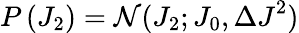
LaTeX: P\left({{J}_{2}}\right)=\mathcal{N}({{J}_{2}};{{J}_{0}},{\Delta J}^{2})